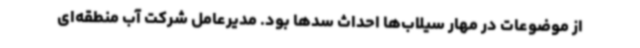
از موضوعات در مهار سیلاب‌ها احداث سدها بود. مدیرعامل شرکت آب منطقه‌ای